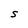
Character: S